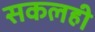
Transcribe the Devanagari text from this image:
सकलही